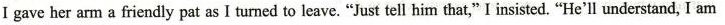
I gave her arm a friendly pat as I turned to leave.“Just tell him that,”I insisted.“He’ll understand, I am